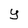
Character: y